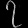
Digit: ၇